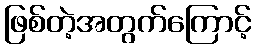
ဖြစ်တဲ့အတွက်ကြောင့်